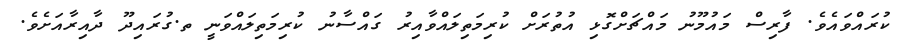
ކުރައްވައެވެ. ފާރިސް މައުމޫނު މައްޗަށްގޮޅި އުތުރަށް ކުރިމަތިލައްވާއިރު ގައްސާނު ކުރިމަތިލައްވަނީ ތ.ގުރައިދޫ ދާއިރާއަށެވެ.